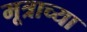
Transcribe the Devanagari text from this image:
मूत्राच्या